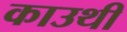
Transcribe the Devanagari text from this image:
काउथी